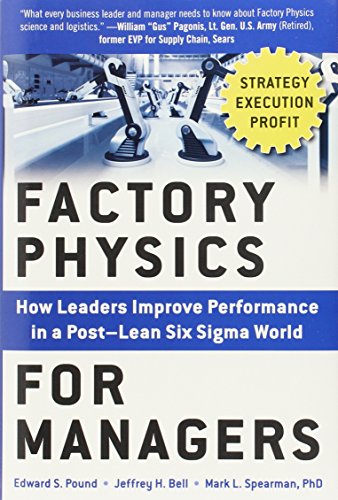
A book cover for Factory Physics for Managers: How Leaders Improve Performance in a Post-Lean Six Sigma World; Edward S. Pound; Business & Money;